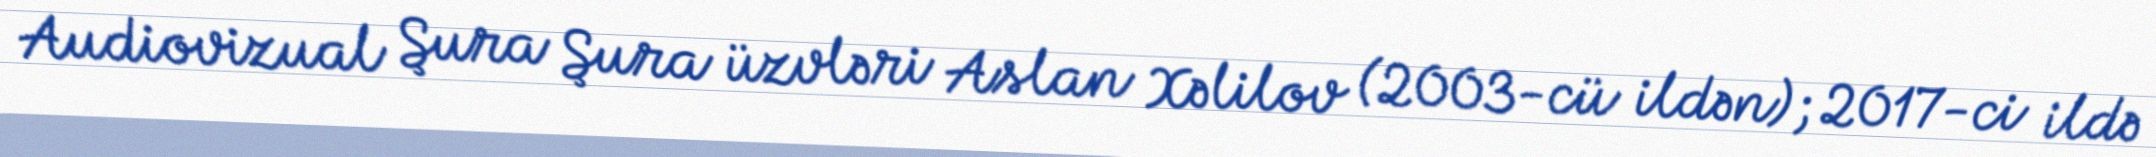
Audiovizual Şura Şura üzvləri Aslan Xəlilov (2003-cü ildən); 2017-ci ildə